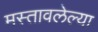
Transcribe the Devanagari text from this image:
मस्तावलेल्या